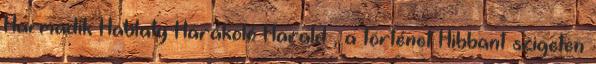
Harmadik Hablaty Harákoló Harald , a történet Hibbant szigeten